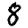
Digit: 8